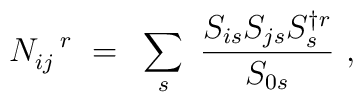
N_{ij}^{~~r}~= ~\sum_s~{{S_{is} S_{js} S_s^{\dagger r }} \over S_{0s}}~,